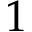
1